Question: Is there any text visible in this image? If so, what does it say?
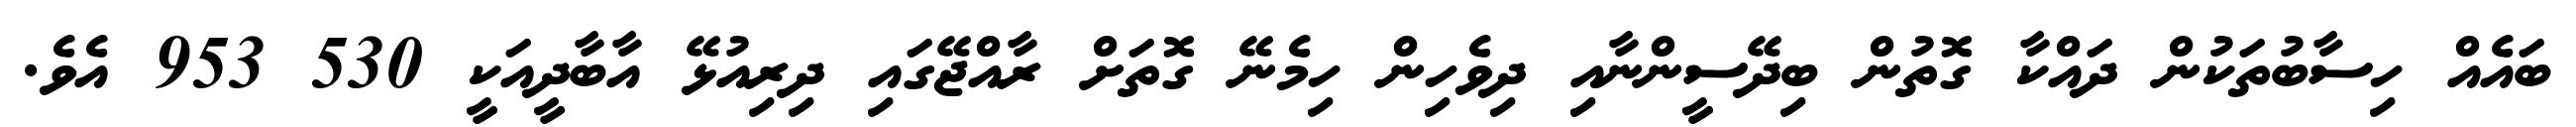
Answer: ބައެއް ހިސާބުތަކުން ދައްކާ ގޮތުން ބިދޭސީންނާއި ދިވެހިން ހިމެނޭ ގޮތަށް ރާއްޖޭގައި ދިރިއުޅޭ އާބާދީއަކީ 530 953 އެވެ.